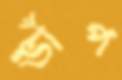
ভাঁপ